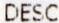
DESC